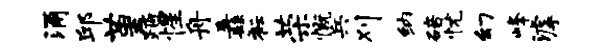
涌邱堇踏惺舟纛衽荣慨兵刈纳碚忧幻峰滹